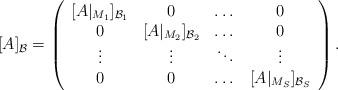
LaTeX: \begin{align*}[A]_{\mathcal{B}}=\left(\begin{array}{cccc}[A|_{M_1}]_{\mathcal{B}_1} & 0 & \dots & 0\\0 & [A|_{M_2}]_{\mathcal{B}_2} & \dots & 0\\\vdots & \vdots & \ddots & \vdots\\0 & 0 & \dots & [A|_{M_S}]_{\mathcal{B}_S}\\\end{array}\right).\end{align*}